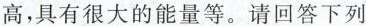
高，具有很大的能量等。请回答下列